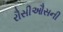
રૌસીઔસની